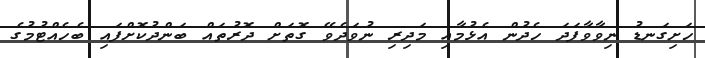
ހަށިގަނޑު ނިވާވާފަދަ ހެދުން އެޅުމާއި މަދިރި ނުވަދެވޭ ގޮތަށް ދޮރުތައް ބަންދުކޮށްފައި ބެހެއްޓުމުގެ